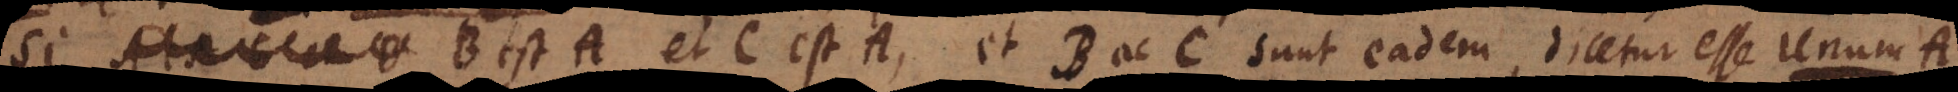
Si B est A, et C est A, et B ac C sunt eadem, dicetur esse u n